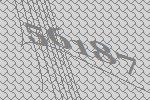
56187